Scottish Leaving Certificate Examination, 1957
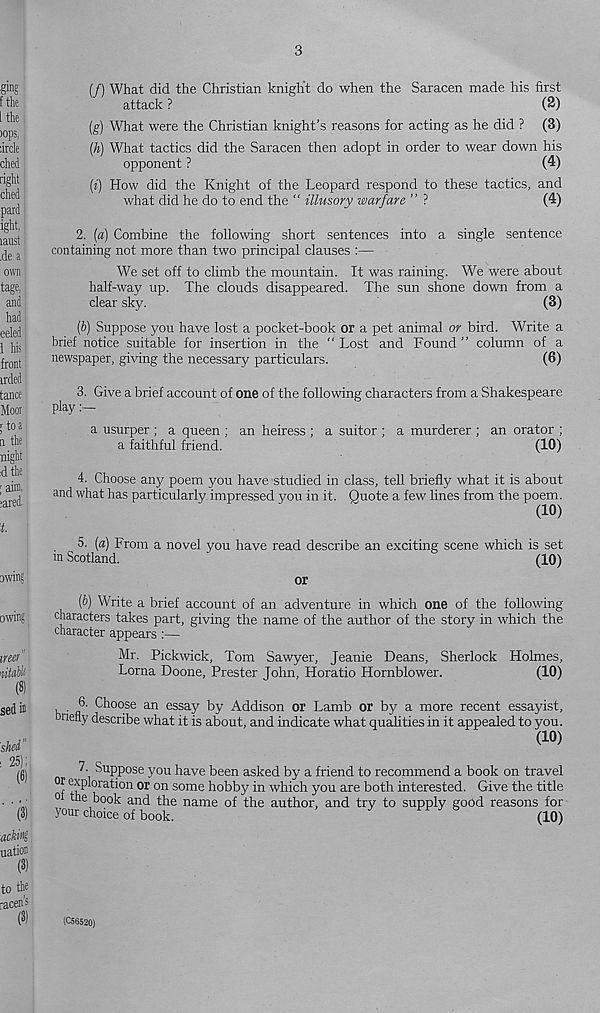
(/) What did the Christian knight do when the Saracen made his first
attack ?
(2)
(g) What were the Christian knight’s reasons for acting as he did ? (3)
(h) What tactics did the Saracen then adopt in order to wear down his
opponent ?
(4)
(i) How did the Knight of the Leopard respond to these tactics, and
what did he do to end the “ illusory warfare ” ?
(4)
2. (a) Combine the following short sentences into a single sentence
containing not more than two principal clauses :—
We set off to climb the mountain. It was raining. We were about
half-way up. The clouds disappeared. The sun shone down from a
clear sky.
(3)
(b) Suppose you have lost a pocket-book or a pet animal or bird. Write a
brief notice suitable for insertion in the “ Lost and Found ” column of a
newspaper, giving the necessary particulars.
(6)
3. Give a brief account of one of the following characters from a Shakespeare
play:—
a usurper ; a queen ; an heiress ; a suitor ; a murderer ; an orator ;
a faithful friend.
(10)
4. Choose any poem you have studied in class, tell briefly what it is about
and what has particularly impressed you in it. Quote a few lines from the poem.
(10)
5. (a) From a novel you have read describe an exciting scene which is set
in Scotland.
(10)
or
(b) Write a brief account of an adventure in which one of the following
characters takes part, giving the name of the author of the story in which the
character appears :—
Mr. Pickwick, Tom Sawyer, Jeanie Deans, Sherlock Holmes,
Lorna Doone, Prester John, Horatio Hornblower.
(10)
6. Choose an essay by Addison or Lamb or by a more recent essayist,
neny describe what it is about, and indicate what qualities in it appealed to you.
(10)
7. Suppose you have been asked by a friend to recommend a book on travel
°f
T-f 3 ** 011010n some hobby in which you are both interested. Give the title
° the book and the name of the author, and try to supply good reasons for
your choice of book.
(10)